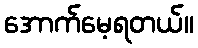
အောက်မေ့ရတယ်။